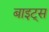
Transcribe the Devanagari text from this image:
बाइट्‌स